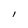
Character: 1